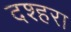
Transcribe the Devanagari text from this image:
दश्हरा